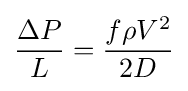
{\frac {\Delta P}{L}}={\frac {f\rho V^{2}}{2D}}